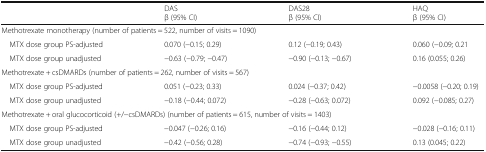
<table><thead><tr><td></td><td><b>DASβ (95% CI)</b></td><td><b>DAS28β (95% CI)</b></td><td><b>HAQβ (95% CI)</b></td></tr></thead><tbody><tr><td colspan="4">Methotrexate monotherapy (number of patients = 522, number of visits = 1090)</td></tr><tr><td> MTX dose group PS-adjusted</td><td>0.070 (−0.15; 0.29)</td><td>0.12 (−0.19; 0.43)</td><td>0.060 (−0.09; 0.21</td></tr><tr><td> MTX dose group unadjusted</td><td>−0.63 (−0.79; −0.47)</td><td>−0.90 (−0.13; −0.67)</td><td>0.16 (0.055; 0.26)</td></tr><tr><td colspan="4">Methotrexate + csDMARDs (number of patients = 262, number of visits = 567)</td></tr><tr><td> MTX dose group PS-adjusted</td><td>0.051 (−0.23; 0.33)</td><td>0.024 (−0.37; 0.42)</td><td>−0.0058 (−0.20; 0.19)</td></tr><tr><td> MTX dose group unadjusted</td><td>−0.18 (−0.44; 0.072)</td><td>−0.28 (−0.63; 0.072)</td><td>0.092 (−0.085; 0.27)</td></tr><tr><td colspan="4">Methotrexate + oral glucocorticoid (+/−csDMARDs) (number of patients = 615, number of visits = 1403)</td></tr><tr><td> MTX dose group PS-adjusted</td><td>−0.047 (−0.26; 0.16)</td><td>−0.16 (−0.44; 0.12)</td><td>−0.028 (−0.16; 0.11)</td></tr><tr><td> MTX dose group unadjusted</td><td>−0.42 (−0.56; 0.28)</td><td>−0.74 (−0.93; −0.55)</td><td>0.13 (0.045; 0.22)</td></tr></tbody></table>